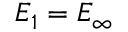
E _ { 1 } = E _ { \infty }